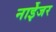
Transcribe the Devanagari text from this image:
नाईेजर